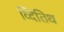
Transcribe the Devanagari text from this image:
व्दितिथ